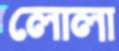
লোলা